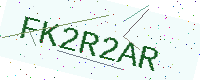
Text: FK2R2AR